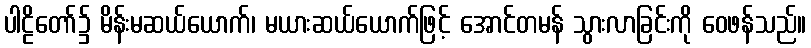
ပါဠိတော်၌ မိန်းမဆယ်ယောက်၊ မယားဆယ်ယောက်ဖြင့် အောင်တမန် သွားလာခြင်းကို ဝေဖန်သည်။